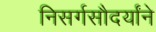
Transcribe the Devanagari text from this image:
निसर्गसौदर्यांने